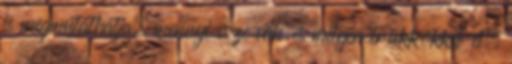
is megmutathatja, mennyi esze van és milyen trükkökkel él.